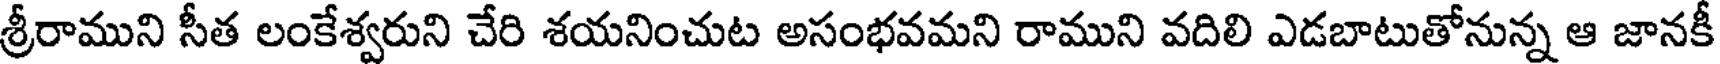
శ్రీరాముని సీత లంకేశ్వరుని చేరి శయనించుట అసంభవమని రాముని వదిలి ఎడబాటుతోనున్న ఆ జానకీ